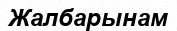
Жалбарынам